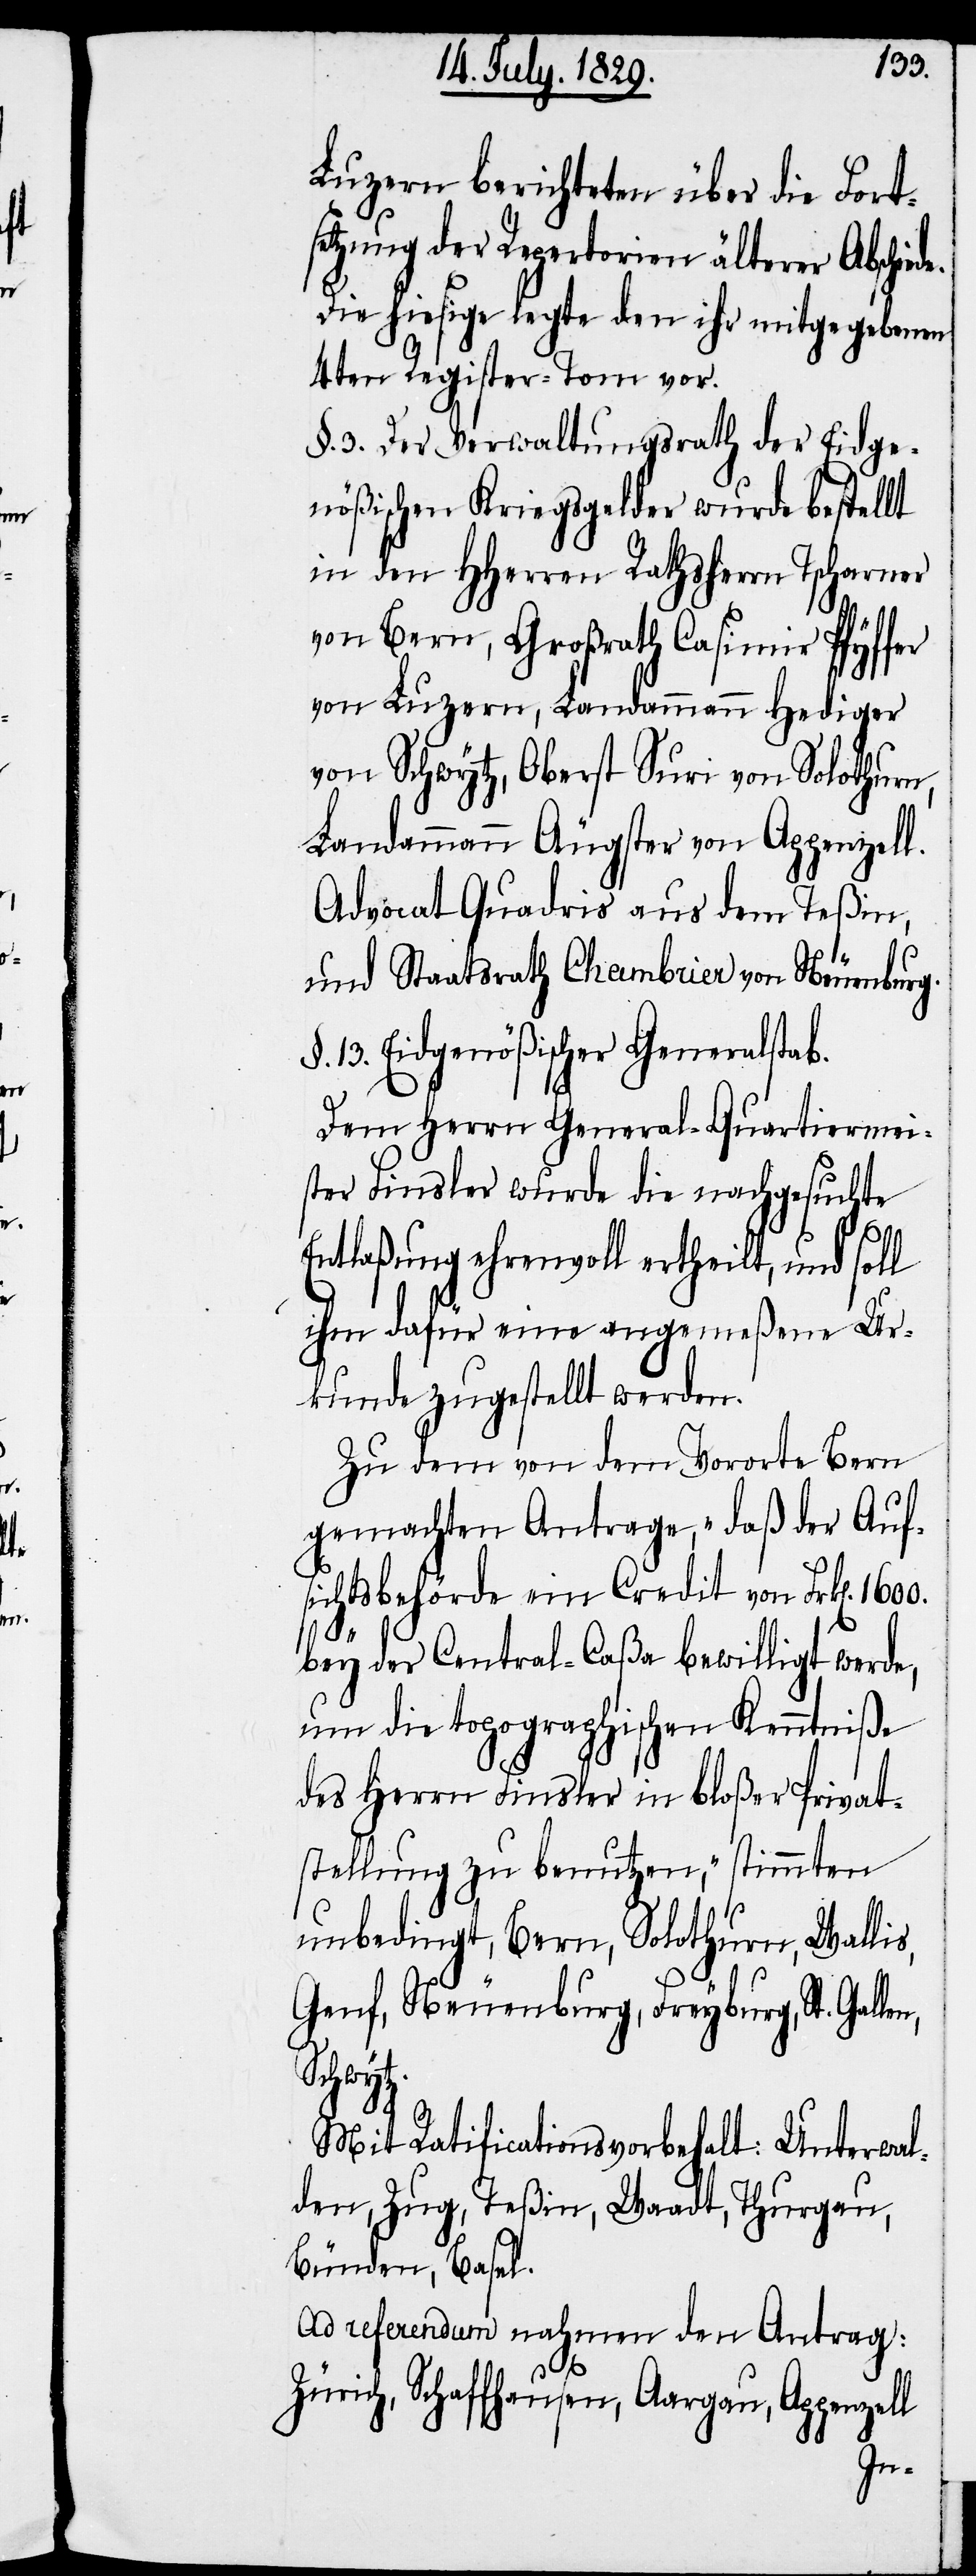
1600.
Luzern berichteten über die Fort¬
setzung der Repertorien älterer Abschie¬
Die hiesige legte den ihr mitgegebenen
4ten Register-Tom vor.
§. 3. Der Verwaltungsrath der Eidge¬
nößischen Kriegsgelder wurde bestellt
in den HHerren Rathsherrn Tscharner
von Bern, Großrath Casimir Pfyffer
von Luzern, Landammann Hediger
von Schwytz, Oberst Suri von Solothurn,
Landammann Äugster von Appenzell.
Advocat Quadris aus dem Teßin,
und Staatsrath Chambrier von Neuenburg.
§. 13. Eidgenößischer Generalstab.
Dem Herrn General-Quartiermei¬
ster Finsler wurde die nachgesuchte
Entlaßung ehrenvoll ertheilt, und soll
ihm dafür eine angemeßene Ur¬
kunde zugestellt werden.
Zu dem von dem Vororte Bern
gemachten Antrage, „daß der Auf¬
sichtsbehörde ein Credit von Frk[en].
s,
bey der Central-Caßa bewilligt werde,
um die topographischen Kenntniße
des Herrn Finsler in bloßer Privat¬
stellung zu benutzen,“ stimmten
unbedingt Bern, Solothurn, Walli¬
Genf, Neuenburg, Freyburg, St. Gal¬
Schwytz.
Mit Ratificationsvorbehalt: Unterwal¬
den, Zug, Teßin, Waadt, Thurgau,
Bünden, Basel.
Ad referendum nahmen den Antrag:
Zürich, Schaffhausen, Aargau, Appenzell
len,